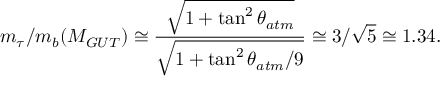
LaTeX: m _ { \tau } / m _ { b } ( M _ { G U T } ) \cong \frac { \sqrt { 1 + \tan ^ { 2 } \theta _ { a t m } } } { \sqrt { 1 + \tan ^ { 2 } \theta _ { a t m } / 9 } } \cong 3 / \sqrt { 5 } \cong 1 . 3 4 .